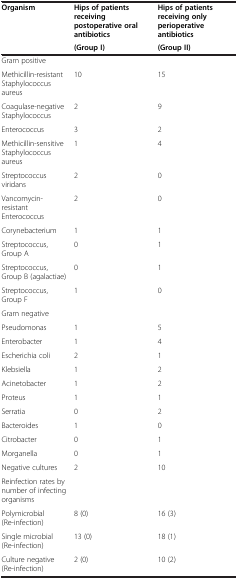
| Organism | Hips of patients receiving postoperative oral antibiotics | Hips of patients receiving only perioperative antibiotics |
 |  | (Group I) | (Group II) |
 | --- | --- | --- |
 | Gram positive |  |  |
 | Methicillin-resistant Staphylococcus aureus | 10 | 15 |
 | Coagulase-negative Staphylococcus | 2 | 9 |
 | Enterococcus | 3 | 2 |
 | Methicillin-sensitive Staphylococcus aureus | 1 | 4 |
 | Streptococcus viridans | 2 | 0 |
 | Vancomycin-resistant Enterococcus | 2 | 0 |
 | Corynebacterium | 1 | 1 |
 | Streptococcus, Group A | 0 | 1 |
 | Streptococcus, Group B (agalactiae) | 0 | 1 |
 | Streptococcus, Group F | 1 | 0 |
 | Gram negative |  |  |
 | Pseudomonas | 1 | 5 |
 | Enterobacter | 1 | 4 |
 | Escherichia coli | 2 | 1 |
 | Klebsiella | 1 | 2 |
 | Acinetobacter | 1 | 2 |
 | Proteus | 1 | 1 |
 | Serratia | 0 | 2 |
 | Bacteroides | 1 | 0 |
 | Citrobacter | 0 | 1 |
 | Morganella | 0 | 1 |
 | Negative cultures | 2 | 10 |
 | Reinfection rates by number of infecting organisms |  |  |
 | Polymicrobial (Re-infection) | 8 (0) | 16 (3) |
 | Single microbial (Re-infection) | 13 (0) | 18 (1) |
 | Culture negative (Re-infection) | 2 (0) | 10 (2) |